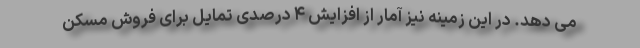
می دهد. در این زمینه نیز آمار از افزایش ۴ درصدی تمایل برای فروش مسکن